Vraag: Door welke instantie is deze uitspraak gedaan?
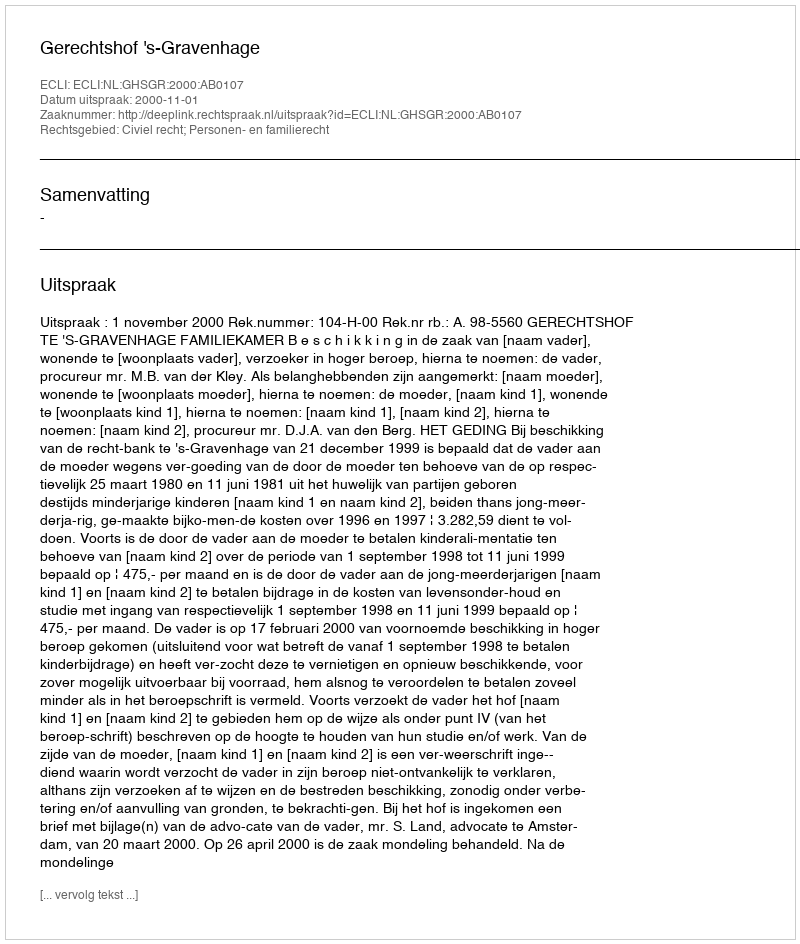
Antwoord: Gerechtshof 's-Gravenhage